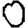
Digit: 0